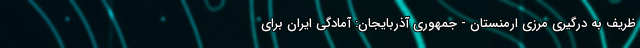
ظریف به درگیری مرزی ارمنستان - جمهوری آذربایجان: آمادگی ایران برای